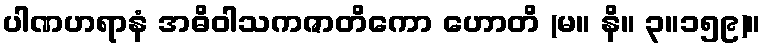
ပါဏဟရာနံ အဓိဝါသကဇာတိကော ဟောတိ (မ။ နိ။ ၃။၁၅၉)။